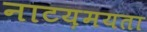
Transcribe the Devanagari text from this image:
नाटय़मयता